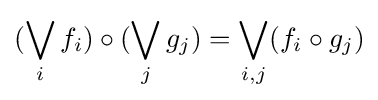
(\bigvee _{i}f_{i})\circ (\bigvee _{j}g_{j})=\bigvee _{i,j}(f_{i}\circ g_{j})